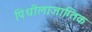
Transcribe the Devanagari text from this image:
पिधीलाजाग्तिक